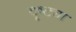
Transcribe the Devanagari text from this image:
दॄष्ट्या